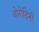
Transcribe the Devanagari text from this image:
वोरोदिनी